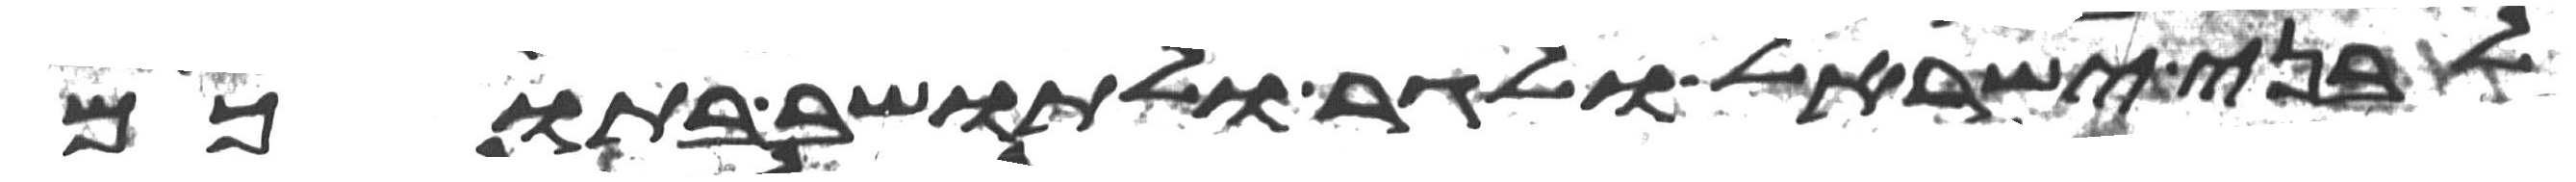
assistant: לבני ישראל ולגר ולתושב בתוכם